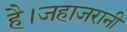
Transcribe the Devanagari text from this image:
है।जहाजरानी